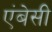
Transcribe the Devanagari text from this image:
एंबेसी